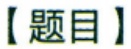
【题目】